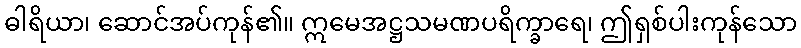
ဓါရိယာ၊ ဆောင်အပ်ကုန်၏။ ဣမေအဋ္ဌသမဏပရိက္ခာရေ၊ ဤရှစ်ပါးကုန်သော